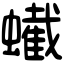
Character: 蠘